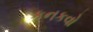
કનકવો